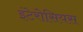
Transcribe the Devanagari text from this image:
इंटेरोसियस